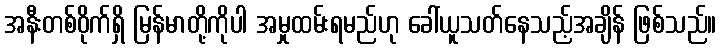
အနီးတစ်ဝိုက်ရှိ မြန်မာတို့ကိုပါ အမှုထမ်းရမည်ဟု ခေါ်ယူသတ်နေသည့်အချိန် ဖြစ်သည်။